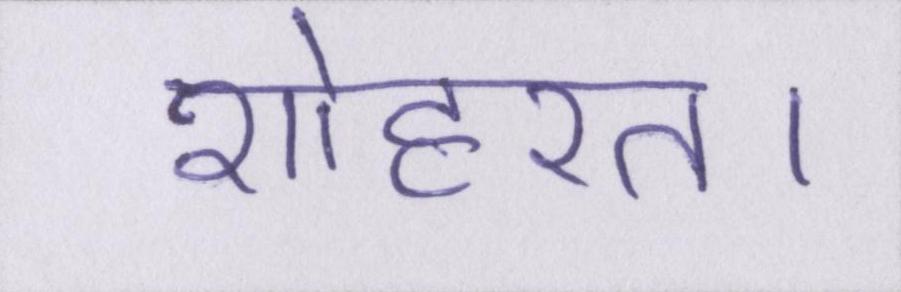
शोहरत।